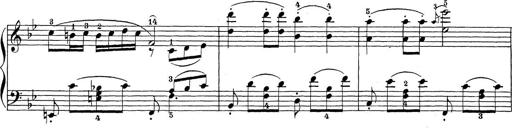
Title: Sonatina Album
Composer: Louis KÃ¶hler